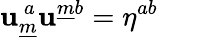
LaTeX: \mathbf{u}_{\underline{{{{m}}}}}^{~a}\mathbf{u}^{\underline{{{{m}}}}b}=\eta^{ab}\qquad